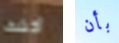
أكشف بأن